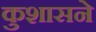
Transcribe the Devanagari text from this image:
कुशासने